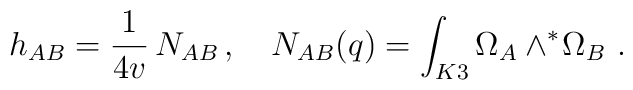
h_{AB} =  \frac{1}{4 v} \, N_{AB} \, , \quad N_{AB}(q) = \int_{K3}  \Omega_A \wedge ^* \! \Omega_B \ .